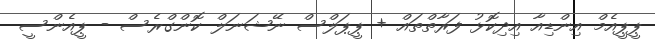
ޕީޕީއެމް އިންޑިއާ އިދިކޮޅު ފަރާތްތައް + ޕީޕަލްސް ނޭޝަނަލް ކޮންގްރެސް - ޕީއެންސީ